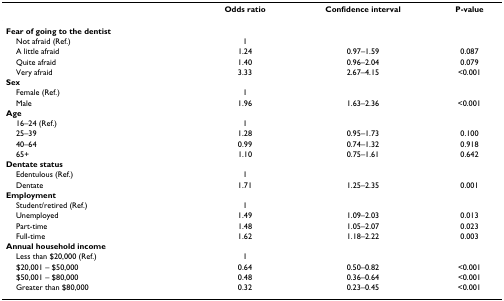
<table><thead><tr><td></td><td><b>Odds ratio</b></td><td><b>Confidence interval</b></td><td><b>P-value</b></td></tr></thead><tbody><tr><td><b>Fear of going to the dentist</b></td><td></td><td></td><td></td></tr><tr><td> Not afraid (Ref.)</td><td>1</td><td></td><td></td></tr><tr><td> A little afraid</td><td>1.24</td><td>0.97–1.59</td><td>0.087</td></tr><tr><td> Quite afraid</td><td>1.40</td><td>0.96–2.04</td><td>0.079</td></tr><tr><td> Very afraid</td><td>3.33</td><td>2.67–4.15</td><td>&lt;0.001</td></tr><tr><td><b>Sex</b></td><td></td><td></td><td></td></tr><tr><td> Female (Ref.)</td><td>1</td><td></td><td></td></tr><tr><td> Male</td><td>1.96</td><td>1.63–2.36</td><td>&lt;0.001</td></tr><tr><td><b>Age</b></td><td></td><td></td><td></td></tr><tr><td> 16–24 (Ref.)</td><td>1</td><td></td><td></td></tr><tr><td> 25–39</td><td>1.28</td><td>0.95–1.73</td><td>0.100</td></tr><tr><td> 40–64</td><td>0.99</td><td>0.74–1.32</td><td>0.918</td></tr><tr><td> 65+</td><td>1.10</td><td>0.75–1.61</td><td>0.642</td></tr><tr><td><b>Dentate status</b></td><td></td><td></td><td></td></tr><tr><td> Edentulous (Ref.)</td><td>1</td><td></td><td></td></tr><tr><td> Dentate</td><td>1.71</td><td>1.25–2.35</td><td>0.001</td></tr><tr><td><b>Employment</b></td><td></td><td></td><td></td></tr><tr><td> Student/retired (Ref.)</td><td>1</td><td></td><td></td></tr><tr><td> Unemployed</td><td>1.49</td><td>1.09–2.03</td><td>0.013</td></tr><tr><td> Part-time</td><td>1.48</td><td>1.05–2.07</td><td>0.023</td></tr><tr><td> Full-time</td><td>1.62</td><td>1.18–2.22</td><td>0.003</td></tr><tr><td><b>Annual household income</b></td><td></td><td></td><td></td></tr><tr><td> Less than $20,000 (Ref.)</td><td>1</td><td></td><td></td></tr><tr><td> $20,001 – $50,000</td><td>0.64</td><td>0.50–0.82</td><td>&lt;0.001</td></tr><tr><td> $50,001 – $80,000</td><td>0.48</td><td>0.36–0.64</td><td>&lt;0.001</td></tr><tr><td> Greater than $80,000</td><td>0.32</td><td>0.23–0.45</td><td>&lt;0.001</td></tr></tbody></table>